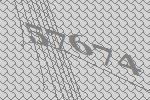
57674